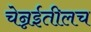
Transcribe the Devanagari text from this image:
चेन्नईतीलच